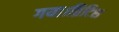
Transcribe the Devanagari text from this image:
गया।ब्रिटिश